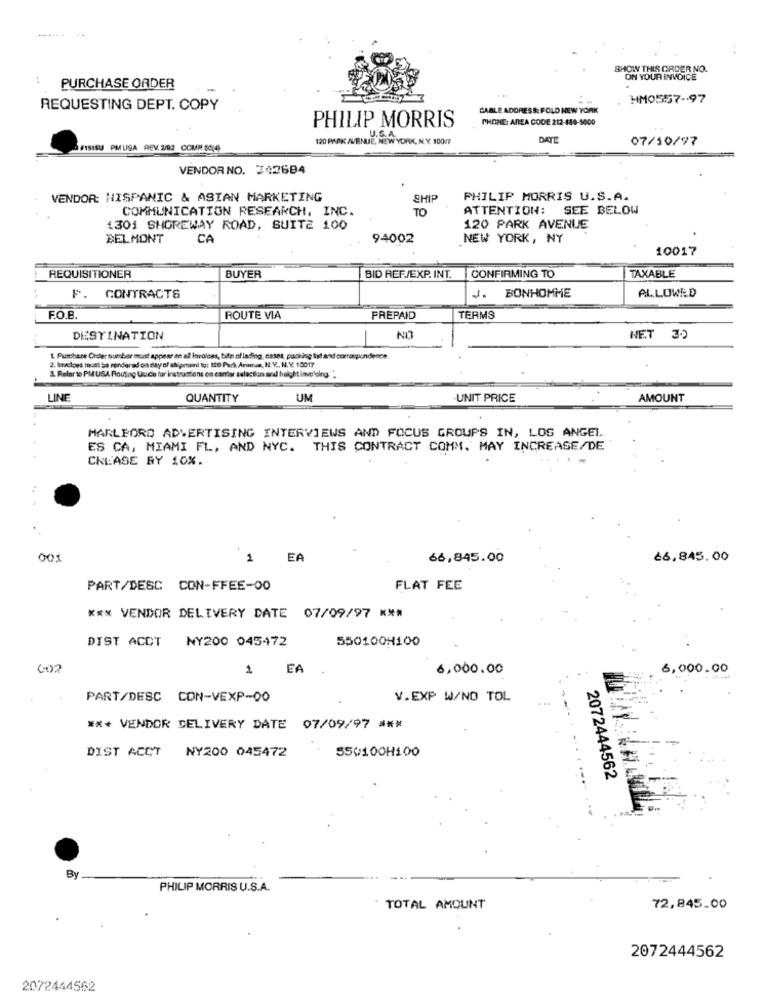
SHOW THIS ORDER NO.
ON YOUR INVOICE
PURCHASE ORDER
HM0557 -. 97
REQUESTING DEPT. COPY
CABLE ADDRESS: FOLD NEW YORK
PHONE: AREA CODE 212-134-5000
PHILIP MORRIS
120 PARK AVENUE, NEW YORK, N.Y. 100m
U.S.A.
DATE
07/10/97
SAISISU PMUSA REV. 2/92 COMR SO(4)
VENDOR NO. 342684
VENDOR: HISPANIC & ASIAN MARKETING
SHIP
PHILIP MORRIS U.S.A.
COMMUNICATION RESEARCH, INC.
TO
ATTENTION: SEE BELOW
1301 SHOREWAY ROAD, SUITE 100
120 PARK AVENUE
BELMONT
CA
94002
NEW YORK, NY
10017
TAXABLE
REQUISITIONER
BUYER
BID REF./EXP. INT.
CONFIRMING TO
J. BONHOMME
ALLOWED
P.
CONTRACTS
F.O.B.
ROUTE VIA
PREPAID
TERMS
DESTINATION
-
NO
NET 39
L. Purchase Order Buecher must appear on all invoices, bite of lading, cases, packing list and corraguundence.
1. Refer to PMUSA Flouting Usch for instructions on canter selection and freight involoing"".
2. Inacioes must be rendered on day of shipment to: 120 Park Antus, N.V ., N.Y. 10017
LINE
QUANTITY
UM
UNIT PRICE
AMOUNT
MARLBORO ADVERTISING INTERVIEWS AND FOCUS GROUPS IN, LOS ANGEL
ES CA, MIAMI FL, AND NYC. THIS CONTRACT COMM. MAY INCREASE/DE
CKLASE RY 10%.
00:
1
EA
66,845.00
66,845.00
PART/DESC CON-FFEE-00
FLAT FEE
*** VENDOR DELIVERY DATE 07/09/97 ***
DIST ACCT
NY200 045472
550100H100
002
EA
6,000.00
6,000.00
PART/DESC CON-VEXP-00
V.EXP W/NO TOL
*** VENDOR DELIVERY DATE 07/09/97 ***
DIST ACCT
NY200 045472
S50100H100
2072444562
By
PHILIP MORRIS U.S.A.
TOTAL AMOUNT
72,845.00
2072444562
2072444562